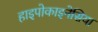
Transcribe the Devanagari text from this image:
हाइपोकाइनेसिया